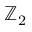
\mathbb { Z } _ { 2 }